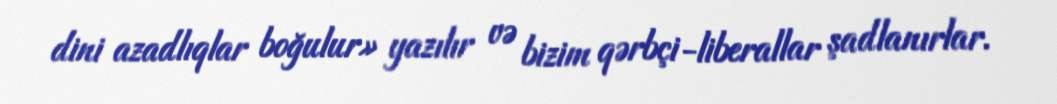
dini azadlıqlar boğulur» yazılır və bizim qərbçi-liberallar şadlanırlar.